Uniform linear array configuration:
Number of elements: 32
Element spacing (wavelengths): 0.25
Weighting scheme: cosine
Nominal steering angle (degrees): -15
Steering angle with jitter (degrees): -16.009
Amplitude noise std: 0.05
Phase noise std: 0.05

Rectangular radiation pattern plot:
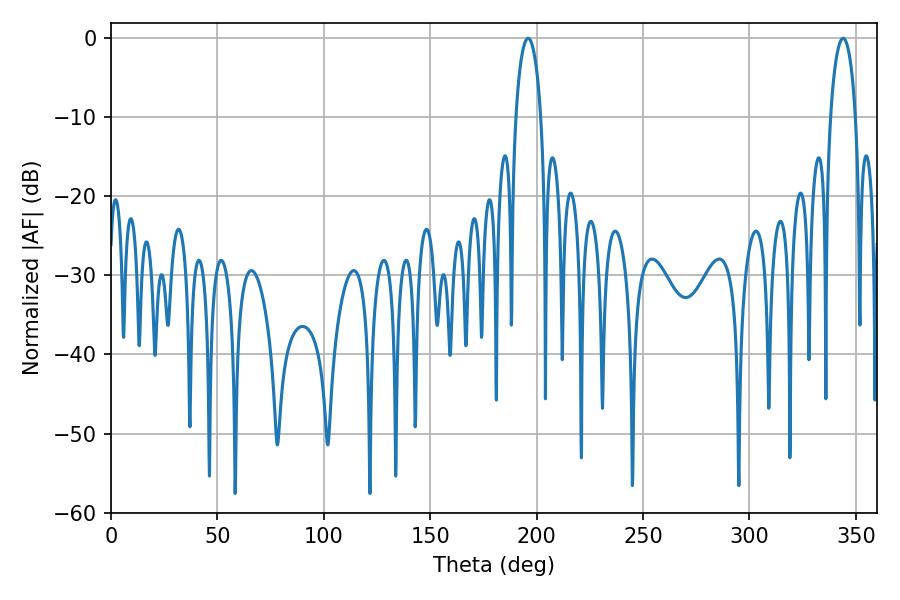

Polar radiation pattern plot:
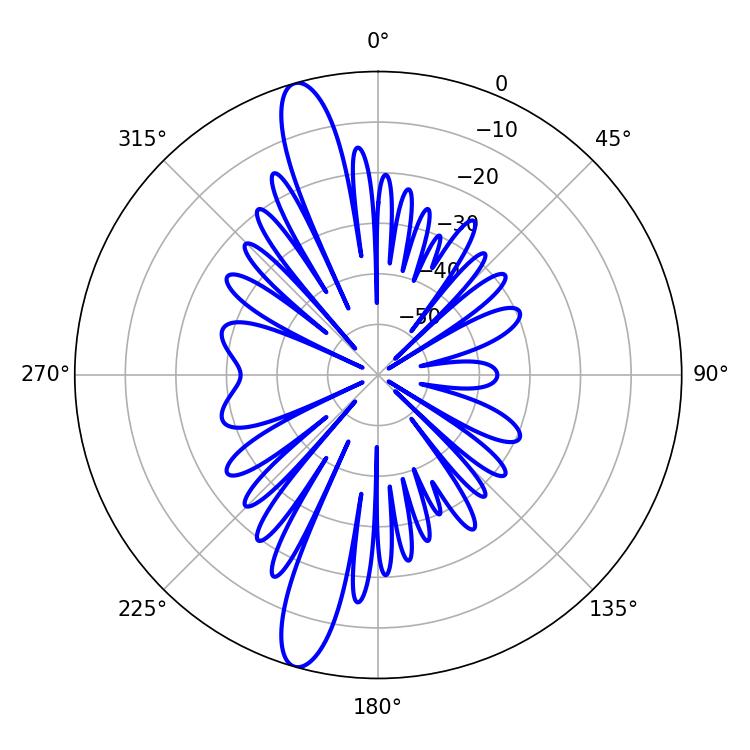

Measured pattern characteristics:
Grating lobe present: FALSE
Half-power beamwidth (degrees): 6.84
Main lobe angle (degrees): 343.98